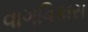
વાગવિકાસ